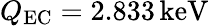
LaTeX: Q_{\mathrm{EC}}=2.833\, \mathrm{keV}